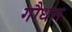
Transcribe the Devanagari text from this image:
गौधन